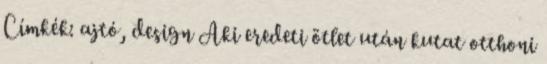
Címkék: ajtó, design Aki eredeti ötlet után kutat otthoni